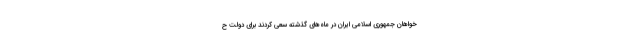
خواهان جمهوری اسلامی ایران در ماه‌های گذشته سعی کردند برای دولت ح